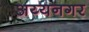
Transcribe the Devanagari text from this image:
अय्यनगर